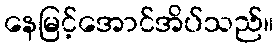
နေမြင့်အောင်အိပ်သည်။